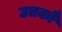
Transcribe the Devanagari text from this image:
उतकौ